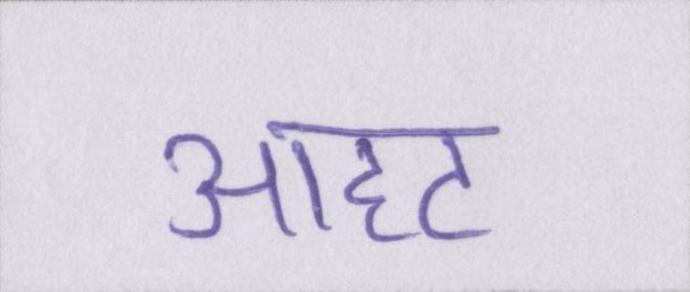
आहट